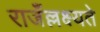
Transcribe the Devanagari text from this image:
राजँल्लक्ष्यते